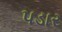
પડાર